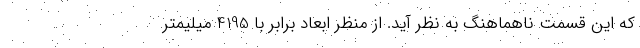
که این قسمت ناهماهنگ به نظر آید. از منظر ابعاد برابر با 4195 میلیمتر